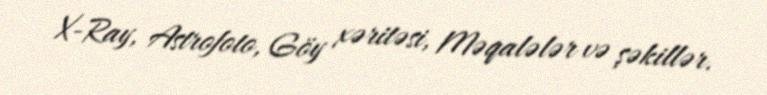
X-Ray, Astrofoto, Göy xəritəsi, Məqalələr və şəkillər.